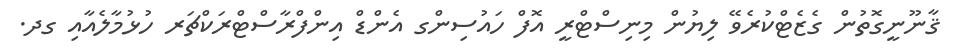
ޤާނޫނީގޮތުން ގެޒެޓްކުރެވޭ ލިޔުން މިނިސްޓްރީ އޮފް ހައުސިންގ އެންޑް އިންފްރާސްޓްރަކްޗަރ ހުޅުމާލެއާއި ގދ.